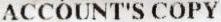
ACCOUNT'S COPY